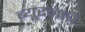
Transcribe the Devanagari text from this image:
ब्यूरनाचे